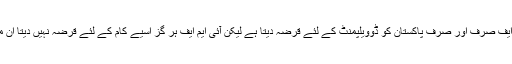
دراصل عام لوگوں کے ذہنوں میں یہ تاثر پایا جاتا ہے کہ آئی ایم ایف صرف اور صرف پاکستان کو ڈوویلپمنٹ کے لئے قرضہ دیتا ہے لیکن آئی ایم ایف ہر گز اسیے کام کے لئے قرضہ نہیں دیتا ان مقاصد کے لئے ورلڈ بینک اور ڈوویلپمنٹ بینک قرضہ دیتے ہیں ۔